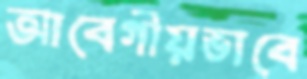
আবেগীয়ভাবে